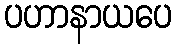
ပဟာနာယပေ